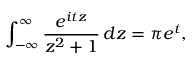
\int _ { - \infty } ^ { \infty } { \frac { e ^ { i t z } } { z ^ { 2 } + 1 } } \, d z = \pi e ^ { t } ,